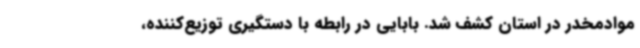
موادمخدر در استان کشف شد. بابایی در رابطه با دستگیری توزیع‌کننده،